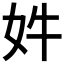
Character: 𫰔